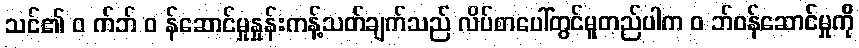
သင်၏ ၀ က်ဘ် ၀ န်ဆောင်မှုနှုန်းကန့်သတ်ချက်သည် လိပ်စာပေါ်တွင်မူတည်ပါက ၀ ဘ်ဝန်ဆောင်မှုကို